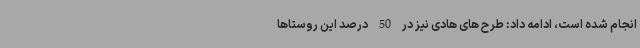
انجام شده است، ادامه داد: طرح های هادی نیز در 50 درصد این روستاها